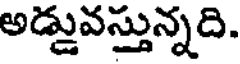
అడ్డువస్తున్నది.